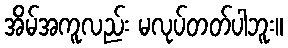
အိမ်အကူလည်း မလုပ်တတ်ပါဘူး။